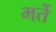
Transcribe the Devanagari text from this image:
भर्ते